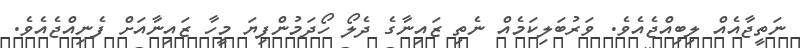
ނަތީޖާއެއް ލިބިއްޖެއެވެ. ވަރުބަލިކަމެއް ނެތި ޒައިނާގެ ދެލޯ ހޯދަމުންފިޔަ މީހާ ޒައިނާއަށް ފެނިއްޖެއެވެ.